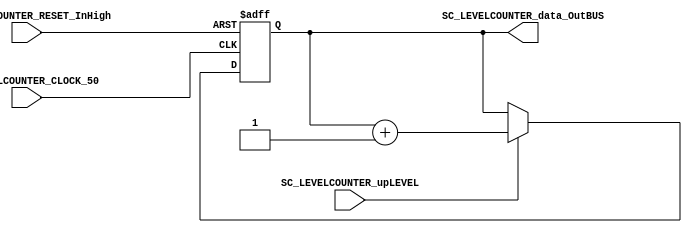
//  MODULE Definition
//=======================================================
module SC_LEVELCOUNTER(
	//////////// OUTPUTS //////////
	SC_LEVELCOUNTER_data_OutBUS,
	//////////// INPUTS //////////
	SC_LEVELCOUNTER_CLOCK_50,
	SC_LEVELCOUNTER_RESET_InHigh,
	SC_LEVELCOUNTER_upLEVEL
);
//=======================================================
//  PARAMETER declarations
//=======================================================
localparam LEVELCOUNTER_DATAWIDTH = 2;
//=======================================================
//  PORT declarations
//=======================================================
output		[LEVELCOUNTER_DATAWIDTH-1:0]	SC_LEVELCOUNTER_data_OutBUS;
input		SC_LEVELCOUNTER_CLOCK_50;
input		SC_LEVELCOUNTER_RESET_InHigh;
input		SC_LEVELCOUNTER_upLEVEL;

//=======================================================
//  REG/WIRE declarations
//=======================================================
reg [LEVELCOUNTER_DATAWIDTH-1:0] LEVELCOUNTER_Register;
reg [LEVELCOUNTER_DATAWIDTH-1:0] LEVELCOUNTER_Signal;
//=======================================================
//  Structural coding
//=======================================================
//INPUT LOGIC: COMBINATIONAL
always @(*)
begin
	if (SC_LEVELCOUNTER_upLEVEL == 1'b1)
		LEVELCOUNTER_Signal = LEVELCOUNTER_Register + 1'b1;
	else
		LEVELCOUNTER_Signal = LEVELCOUNTER_Register;
	end	
//STATE REGISTER: SEQUENTIAL
always @(posedge SC_LEVELCOUNTER_CLOCK_50, posedge SC_LEVELCOUNTER_RESET_InHigh)
begin
	if (SC_LEVELCOUNTER_RESET_InHigh  == 1'b1)
		LEVELCOUNTER_Register <= 0;
	else
		LEVELCOUNTER_Register <= LEVELCOUNTER_Signal;
end
//=======================================================
//  Outputs
//=======================================================
//OUTPUT LOGIC: COMBINATIONAL
assign SC_LEVELCOUNTER_data_OutBUS = LEVELCOUNTER_Register;

endmodule